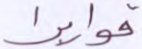
قواريرا